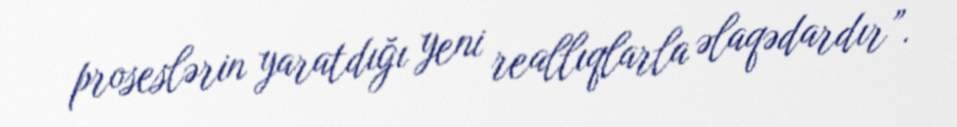
proseslərin yaratdığı yeni reallıqlarla əlaqədardır”.